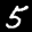
Label: 5